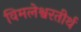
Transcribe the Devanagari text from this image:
विमलेश्वरतीर्थ